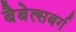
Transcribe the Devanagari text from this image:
बैबेल्सबर्ग